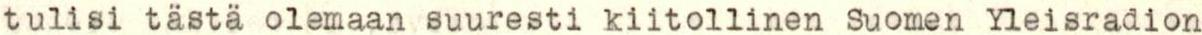
tulisi tästä olemaan suuresti kiitollinen Suomen Yleisradion